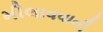
મીલાવવાની